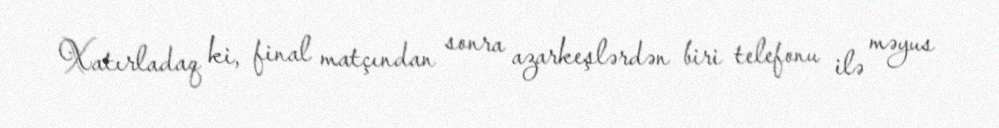
Xatırladaq ki, final matçından sonra azarkeşlərdən biri telefonu ilə məyus